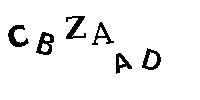
CBZAAD